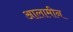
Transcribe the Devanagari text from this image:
आलामीन